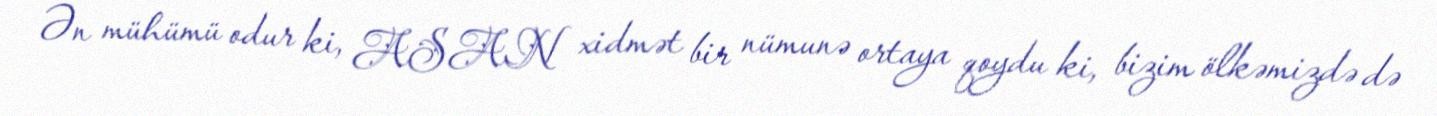
Ən mühümü odur ki, ASAN xidmət bir nümunə ortaya qoydu ki, bizim ölkəmizdə də